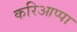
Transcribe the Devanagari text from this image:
करिआप्पा